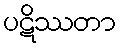
ပဋိဿတာ